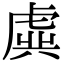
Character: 虡